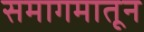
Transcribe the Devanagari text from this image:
समागमातून